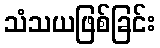
သံသယဖြစ်ခြင်း